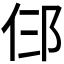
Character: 𬩹